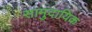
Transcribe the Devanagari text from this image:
सामुदायिक